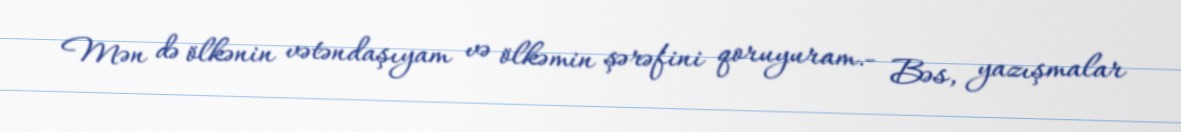
Mən də ölkənin vətəndaşıyam və ölkəmin şərəfini qoruyuram.- Bəs, yazışmalar